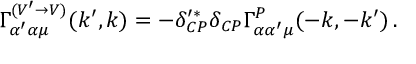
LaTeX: \Gamma _ { \alpha ^ { \prime } \alpha \mu } ^ { ( V ^ { \prime } \rightarrow V ) } ( k ^ { \prime } , k ) = - \delta _ { C P } ^ { \prime \ast } \delta _ { C P } \Gamma _ { \alpha \alpha ^ { \prime } \mu } ^ { P } ( - k , - k ^ { \prime } ) \, .